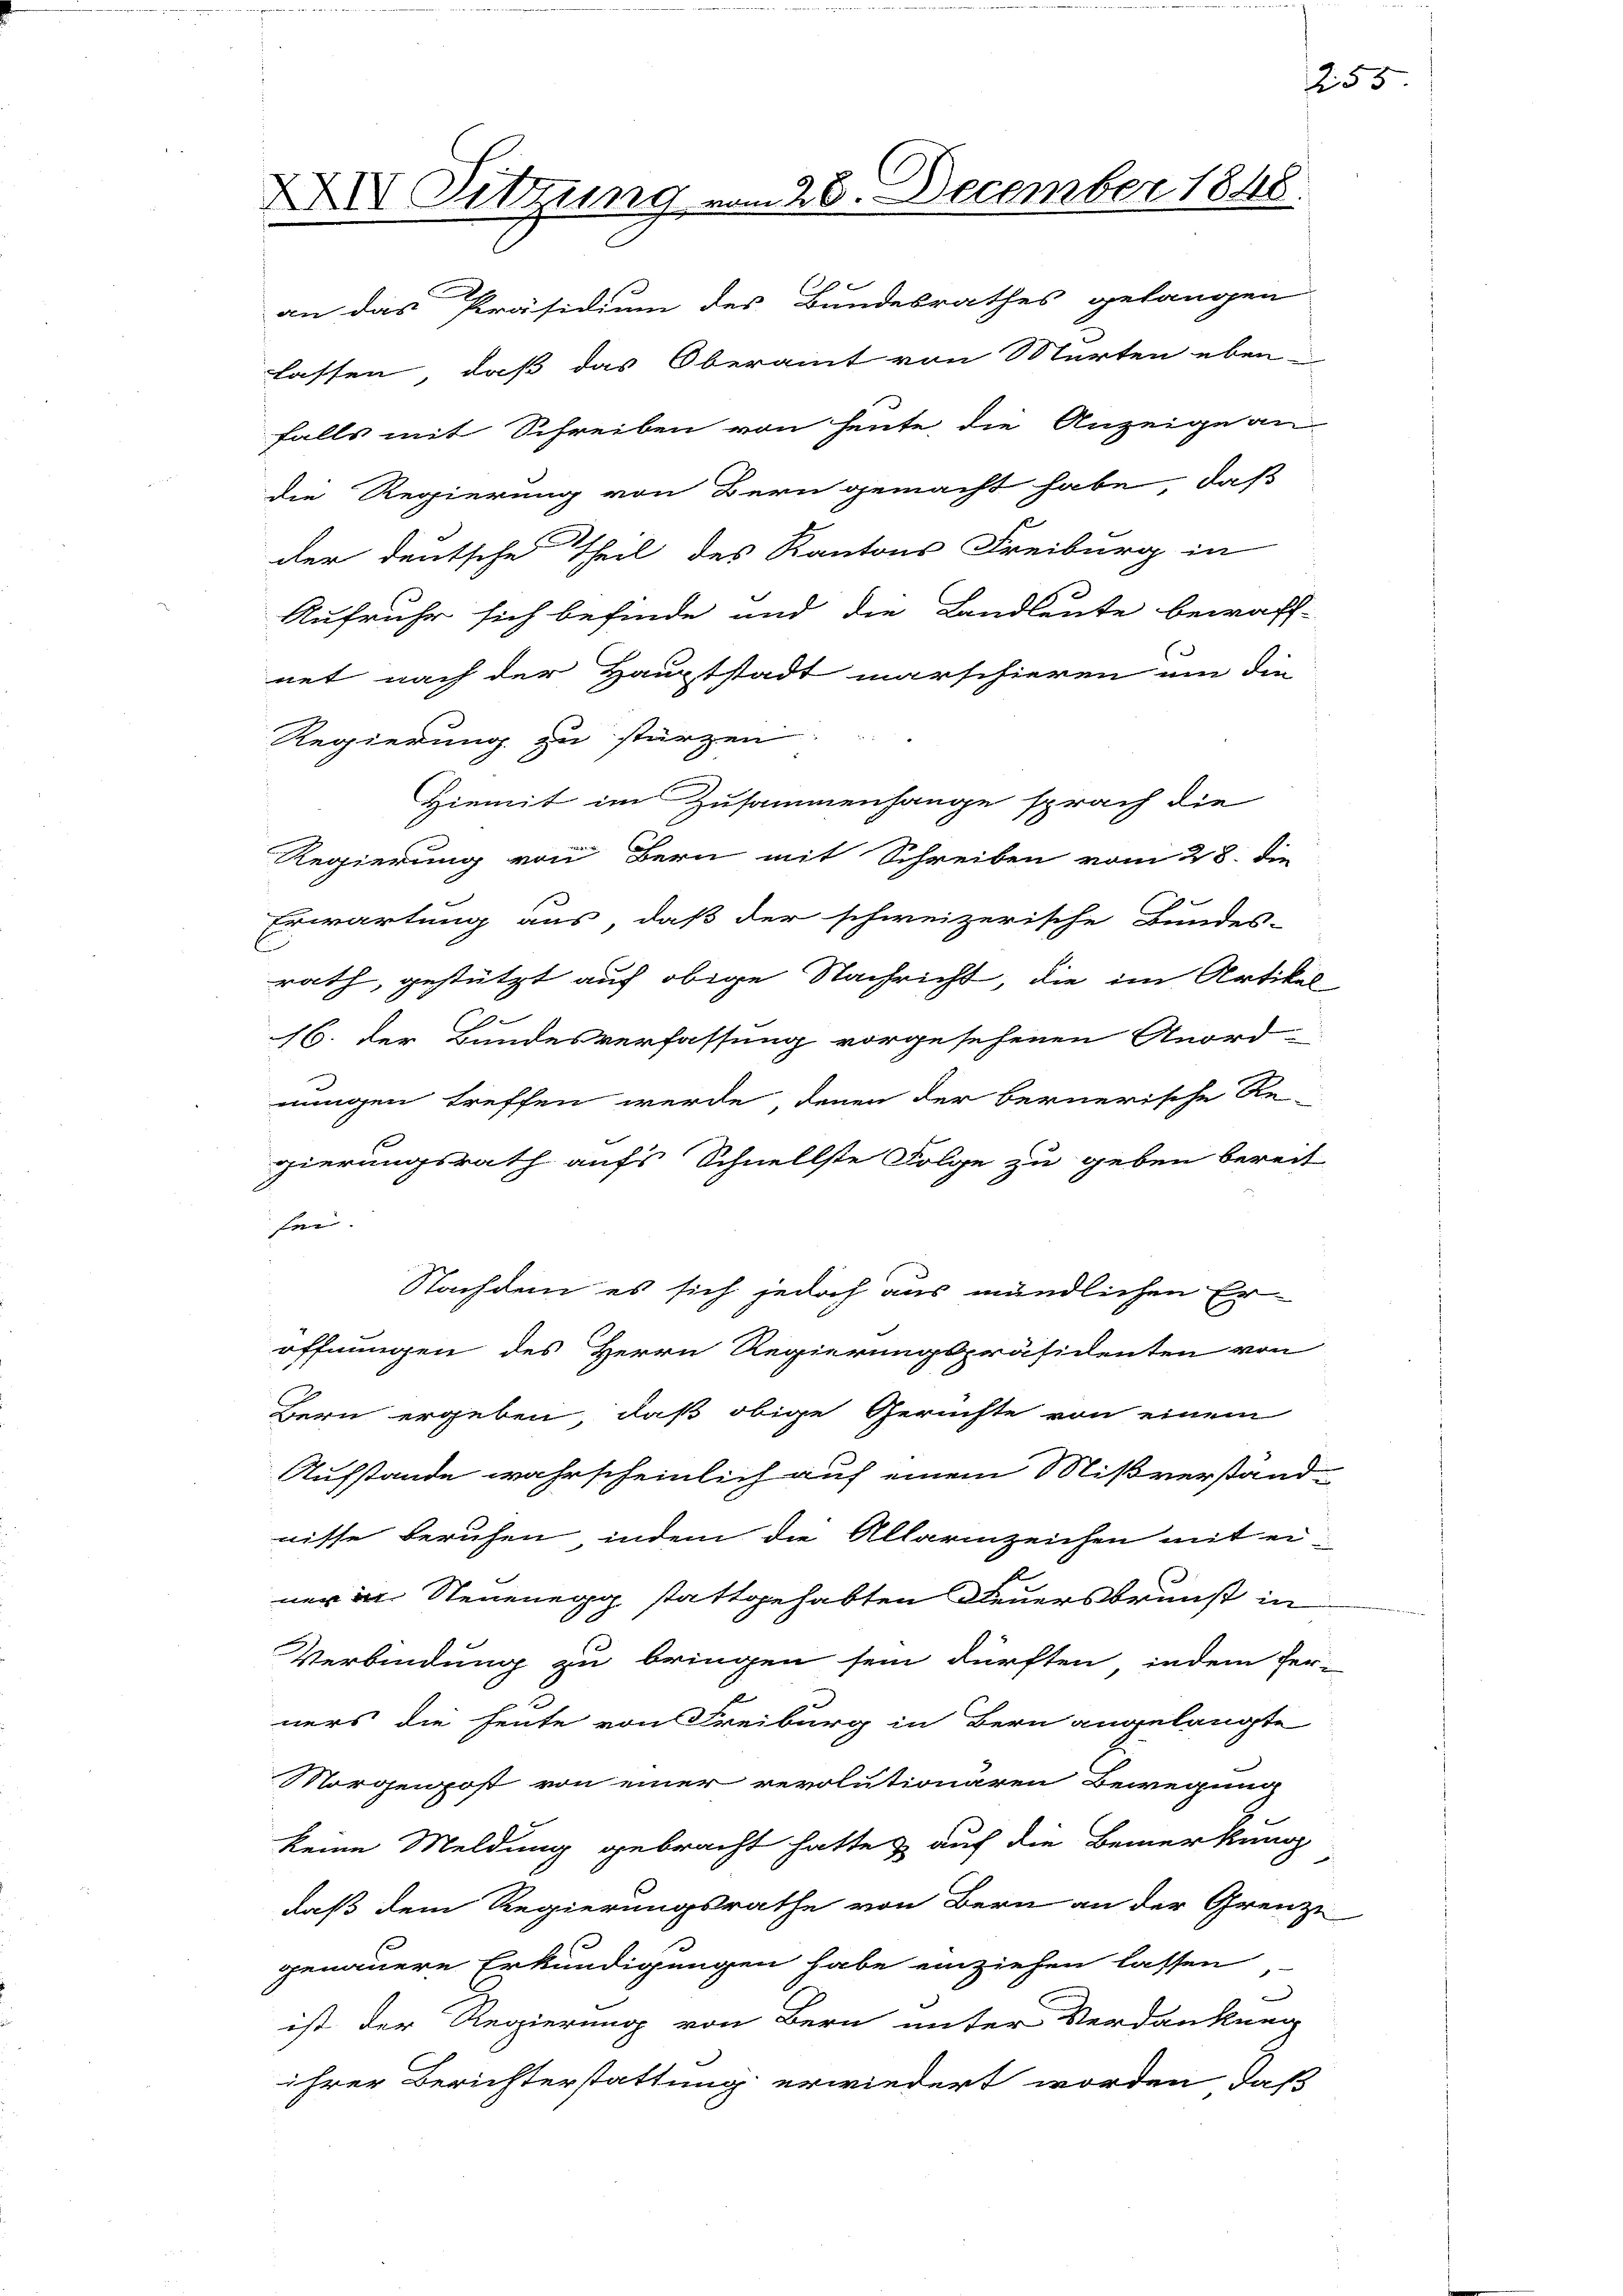
XXV Sitzung vom 28. December 1848.

an das Präsidium des Bundesrathes gelangen
lassen, daß das Oberamt von Marten ebenfalls mit Schreiben von heute die Anzeige an
die Regierung von Bern gemacht habe, daß
der deutsche Theil des Kantons Freiburg in
Aufruhr sich befinde und die Landleute bewaff-
net nach der Hauptstadt marschieren um die
Regierung zu stürzen.
Hiemit im Zusammenhange sprach die
Regierung von Bern mit Schreiben vom 28. Die
Erwartung aus, daß der schweizerische Bundes-
rath, gestützt auf obige Nachricht, die im Artikel
16. der Bundesverfassung vorgesehenen Anord-
nungen treffen werde, denen der bernerische Re-
gierungsrath aufs Schnellste Folge zu geben bereit
fei.
Nachdem es sich jedoch aus mündlichen Er
öffnungen des Herrn Regierungspräsidenten von
Bern ergeben, daß obige Gerichte von einem
Aufstande wahrscheinlich auf einem Mißverständ-
nisse beruhen, indem die Allarmzeichen mit ei¬
A
e
ner in Neuenegg stattgehabten Steuersbrunst in
Verbindung zu bringen sein dürften, indem her-
ners die heute von Freiburg in Bern angelangte
Morgenpost von einer revolutionären Bewegung
keine Meldung gebracht hatte auf die Bemerkung
daß dem Regierungsrathe von Bern an der Grenze
genauere Erkundigungen habe einziehen lassen,
ist der Regierung von Bern unter Verdankung
ihrer Berichterstattung erwiedert worden, daß

1255